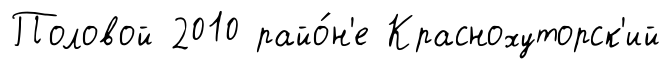
Половой 2010 райо́н'е Краснохуторск'ий